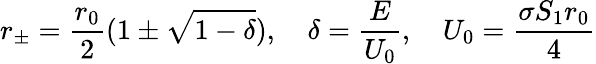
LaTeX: r_{\pm}=\frac{r_{0}}{2}(1\pm\sqrt{1-\delta}),\quad\delta=\frac{E}{U_{0}},\quad U_{0}=\frac{\sigma S_{1}r_{0}}{4}